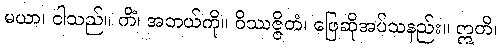
မယာ၊ ငါသည်။ ကိံ၊ အဘယ်ကို။ ဝိဿဇ္ဇိတံ၊ ဖြေဆိုအပ်သနည်း။ ဣတိ၊